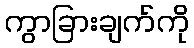
ကွာခြားချက်ကို